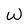
Character: W